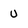
Character: u